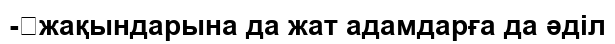
-	жақындарына да жат адамдарға да әділ